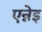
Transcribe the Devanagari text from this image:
एन्नेइ